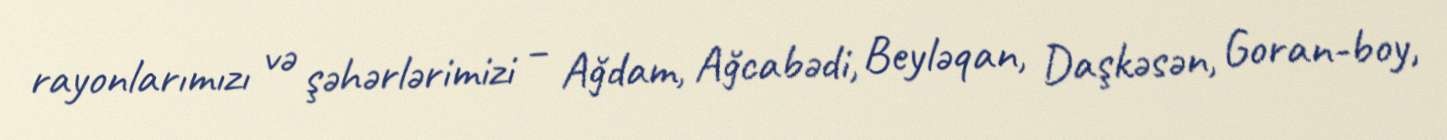
rayonlarımızı və şəhərlərimizi – Ağdam, Ağcabədi, Beyləqan, Daşkəsən, Goran­boy,